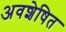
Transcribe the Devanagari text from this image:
अवशेषित